Report on vaccination in the Province of Bengal - 1874-1889
Year: 1874
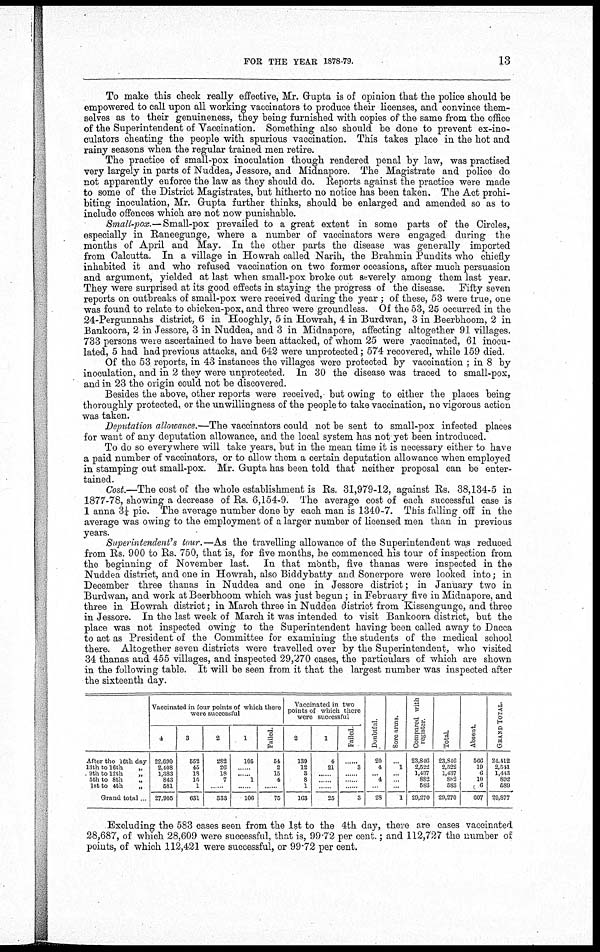
FOR THE YEAR 1878-79.
13
To make this check really effective, Mr. Gupta is of opinion that the police should be
empowered to call upon all working vaccinators to produce their licenses, and convince them-
selves as to their genuineness, they being furnished with copies of the same from the office
of the Superintendent of Vaccination. Something also should be done to prevent ex-ino¬
culators cheating the people with spurious vaccination. This takes place in the hot and
rainy seasons when the regular trained men retire.
The practice of small-pox inoculation though rendered penal by law, was practised
very largely in parts of Nuddea, Jessore, and Midnapore. The Magistrate and police do
not apparently enforce the law as they should do. Reports against the practice were made
to some of the District Magistrates, but hitherto no notice has been taken. The Act prohi-
biting inoculation, Mr. Gupta further thinks, should be enlarged and amended so as to
include offences which are not now punishable.
Small-pox.— Small-pox prevailed to a great extent in some parts of the Circles,
especially in Raneegunge, where a number of vaccinators were engaged during the
months of April and May. In the other parts the disease was generally imported
from Calcutta. In a village in Howrah called Narih, the Brahmin Pundits who chiefly
inhabited it and who refused vaccination on two former occasions, after much persuasion
and argument, yielded at last when small-pox broke out severely among them last year.
They were surprised at its good effects in staying the progress of the disease. Fifty seven
reports on outbreaks of small-pox were received during the year ; of these, 53 were true, one
was found to relate to chicken-pox, and three were groundless. Of the 53, 25 occurred in the
24-Pergunnahs district, 6 in Hooghly, 5 in Howrah, 4 in Burdwan, 3 in Beerbhoom, 2 in
Bankoora, 2 in Jessore, 3 in Nuddea, and 3 in Midnapore, affecting altogether 91 villages.
733 persons were ascertained to have been attacked, of whom 25 were vaccinated, 61 inocu-
lated, 5 had had previous attacks, and 642 were unprotected; 574 recovered, while 159 died.
Of the 53 reports, in 43 instances the villages were protected by vaccination ; in 8 by
inoculation, and in 2 they were unprotected. In 30 the disease was traced to small-pox,
and in 23 the origin could not be discovered.
Besides the above, other reports were received, but owing to either the places being
thoroughly protected, or the unwillingness of the people to take vaccination, no vigorous action
was taken.
Deputation allowance.—The vaccinators could not be sent to small-pox infected places
for want of any deputation allowance, and the local system has not yet been introduced.
To do so everywhere will take years, but in the mean time it is necessary either to have
a paid number of vaccinators, or to allow them a certain deputation allowance when employed
in stamping out small-pox. Mr. Gupta has been told that neither proposal can be enter-
tained.
Cost.—The cost of the whole establishment is Rs. 31,979-12, against Rs. 38,134-5 in
1877-78, showing a decrease of Rs. 6,154-9. The average cost of each successful case is
1 anna 3¼ pie. The average number done by each man is 1340-7. This falling off in the
average was owing to the employment of a larger number of licensed men than in previous
years.
Superintendent's tour.—As the travelling allowance of the Superintendent was reduced
from Rs. 900 to Rs. 750, that is, for five months, he commenced his tour of inspection from
the beginning of November last. In that month, five thanas were inspected in the
Nuddea district, and one in Howrah, also Biddybatty and Sonerpore were looked into; in
December three thanas in Nuddea and one in Jessore district; in January two in
Burdwan, and work at Beerbhoom which was just begun; in February five in Midnapore, and
three in Howrah district; in March three in Nuddea district from Kissengunge, and three
in Jessore. In the last week of March it was intended to visit Bankoora district, but the
place was not inspected owing to the Superintendent having been called away to Dacca
to act as President of the Committee for examining the students of the medical school
there. Altogether seven districts were travelled over by the Superintendent, who visited
34 thanas and 455 villages, and inspected 29,270 cases, the particulars of which are shown
in the following table. It will be seen from it that the largest number was inspected after
the sixteenth day.
After the 16th day
13th to 16th
„
9th to 12th
„
5th to 8th
„
1st to 4th
„
Grand total
Vaccinated in four points of which there
were successful
4
22,690
2,108
1,383
843
581
27,905
3
552
45
18
15
1
631
2
282
26
18
7
...
333
1
105
... ... 1
...
106
Failed
54
2
15
4
...
75
Vaccinated in two
points of which there
were successful
2
139
12
3
8
1
163
1
4
21
...
...
...
25
Failed
...
3
...
...
...
3
Doubtful.
20
4
... 4
...
28
Sore arms
...
1
...
...
...
1
Compared with
register
23,846
2,522
1,437
882
583
29,270
Total.
23,846
2,522
1,437
882
583
29,270
Absent.
566
19
6
10
6
607
GRAND TOTAL.
24,412
2,511
1,413
892
589
29,877
Excluding the 583 cases seen from the 1st to the 4th day, there are cases vaccinated
28,687, of which 28,609 were successful, that is, 99.72 per cent.; and 112,727 the number of
points, of which 112,421 were successful, or 99.72 per cent.